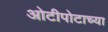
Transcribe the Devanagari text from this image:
ओटीपोटाच्या